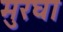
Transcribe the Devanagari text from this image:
मुरघा